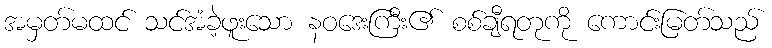
အမှတ်မထင် သင်အံခဲ့ဖူးသော နဝဒေးကြီး၏ စစ်ချီရတုကို ကောင်းမြတ်သည်